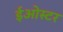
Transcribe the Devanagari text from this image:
ईओस्टर